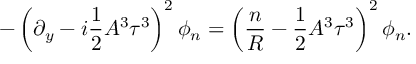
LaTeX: - \left( \partial _ { y } - i \frac { 1 } { 2 } A ^ { 3 } \tau ^ { 3 } \right) ^ { 2 } \phi _ { n } = \left( \frac { n } { R } - \frac { 1 } { 2 } A ^ { 3 } \tau ^ { 3 } \right) ^ { 2 } \phi _ { n } .